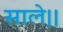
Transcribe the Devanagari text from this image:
साले।।